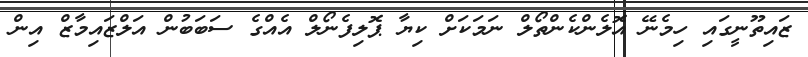
ޒައިތޫނީގައި ހިމެނޭ އޮލެންކެންތޯލް ނަމަކަށް ކިޔާ ޕޮލިފެނޯލް އެއްގެ ސަބަބުން އަލްޒައިމާޒް އިން